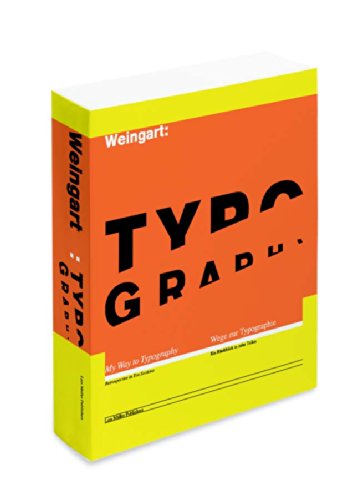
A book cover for Typography: My Way to Typography (English and German Edition); Wolfgang Weingart; Arts & Photography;